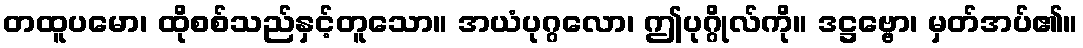
တထူပမော၊ ထိုစစ်သည်နှင့်တူသော။ အယံပုဂ္ဂလော၊ ဤပုဂ္ဂိုလ်ကို။ ဒဋ္ဌဗ္ဗော၊ မှတ်အပ်၏။